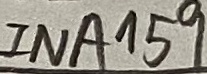
Text: INA159